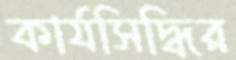
কার্যসিদ্ধির